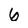
Character: 6